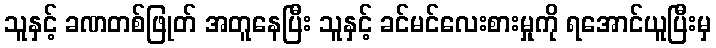
သူနှင့် ခဏတစ်ဖြုတ် အတူနေပြီး သူနှင့် ခင်မင်လေးစားမှုကို ရအောင်ယူပြီးမှ